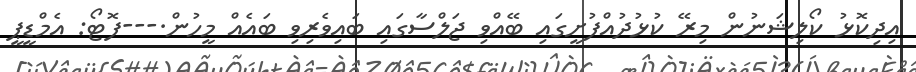
އިދިކޮޅު ކޯލިޝަނުން މިރޭ ކުޅުދުއްފުށީގައި ބޭއްވި ޖަލްސާގައި ބައިވެރިވި ބައެއް މީހުން.---ފޮޓޯ: އެމްޑީޕީ